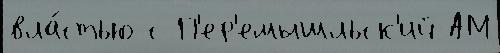
вла́стью с П'ер'емышльск'ий АМ